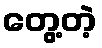
တွေ့တဲ့